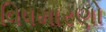
વિષમારણો